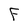
Character: F